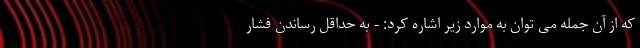
که از آن جمله می توان به موارد زیر اشاره کرد: - به حداقل رساندن فشار